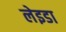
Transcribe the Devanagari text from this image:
लेइडा